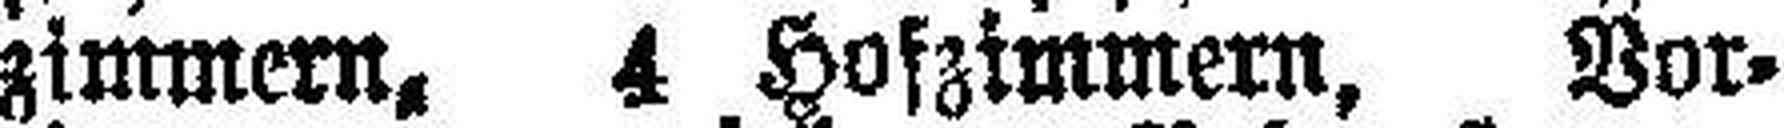
zimmern, 4 Hofzimmern, Vor¬